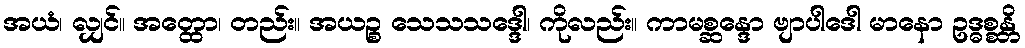
အယံ၊ လျှင်။ အတ္ထော၊ တည်း။ အယဉ္စ သေသသဒ္ဒေါ၊ ကိုလည်း။ ကာမစ္ဆန္ဒော ဗျာပါဒေါ မာနော ဥဒ္ဓစ္စန္တိ